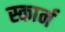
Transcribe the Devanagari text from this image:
स्कार्न